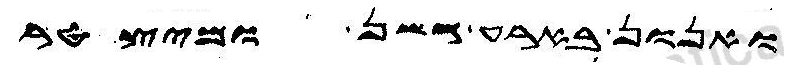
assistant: ואנון בארע גשן ומיצטר